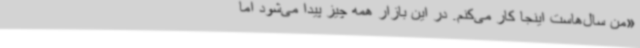
«من سال‌هاست اینجا کار می‌کنم. در این بازار همه چیز پیدا می‌شود اما